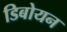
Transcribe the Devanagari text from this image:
डिबोयन